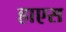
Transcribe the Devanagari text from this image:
हाएस